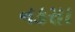
નકસા